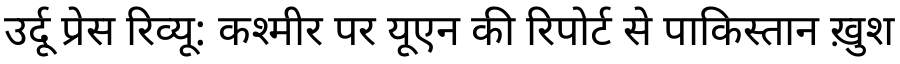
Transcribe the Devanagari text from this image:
उर्दू प्रेस रिव्यू: कश्मीर पर यूएन की रिपोर्ट से पाकिस्तान ख़ुश